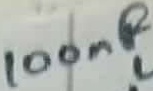
Text: 100nF